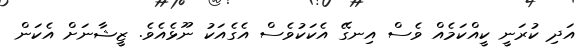
އަދި ކުރަނީ ކީއްކަމެއް ވެސް އިނގޭ އެކަކުވެސް އެގެއަކު ނޫޅެއެވެ. ޒީޝާނަށް އެކަން